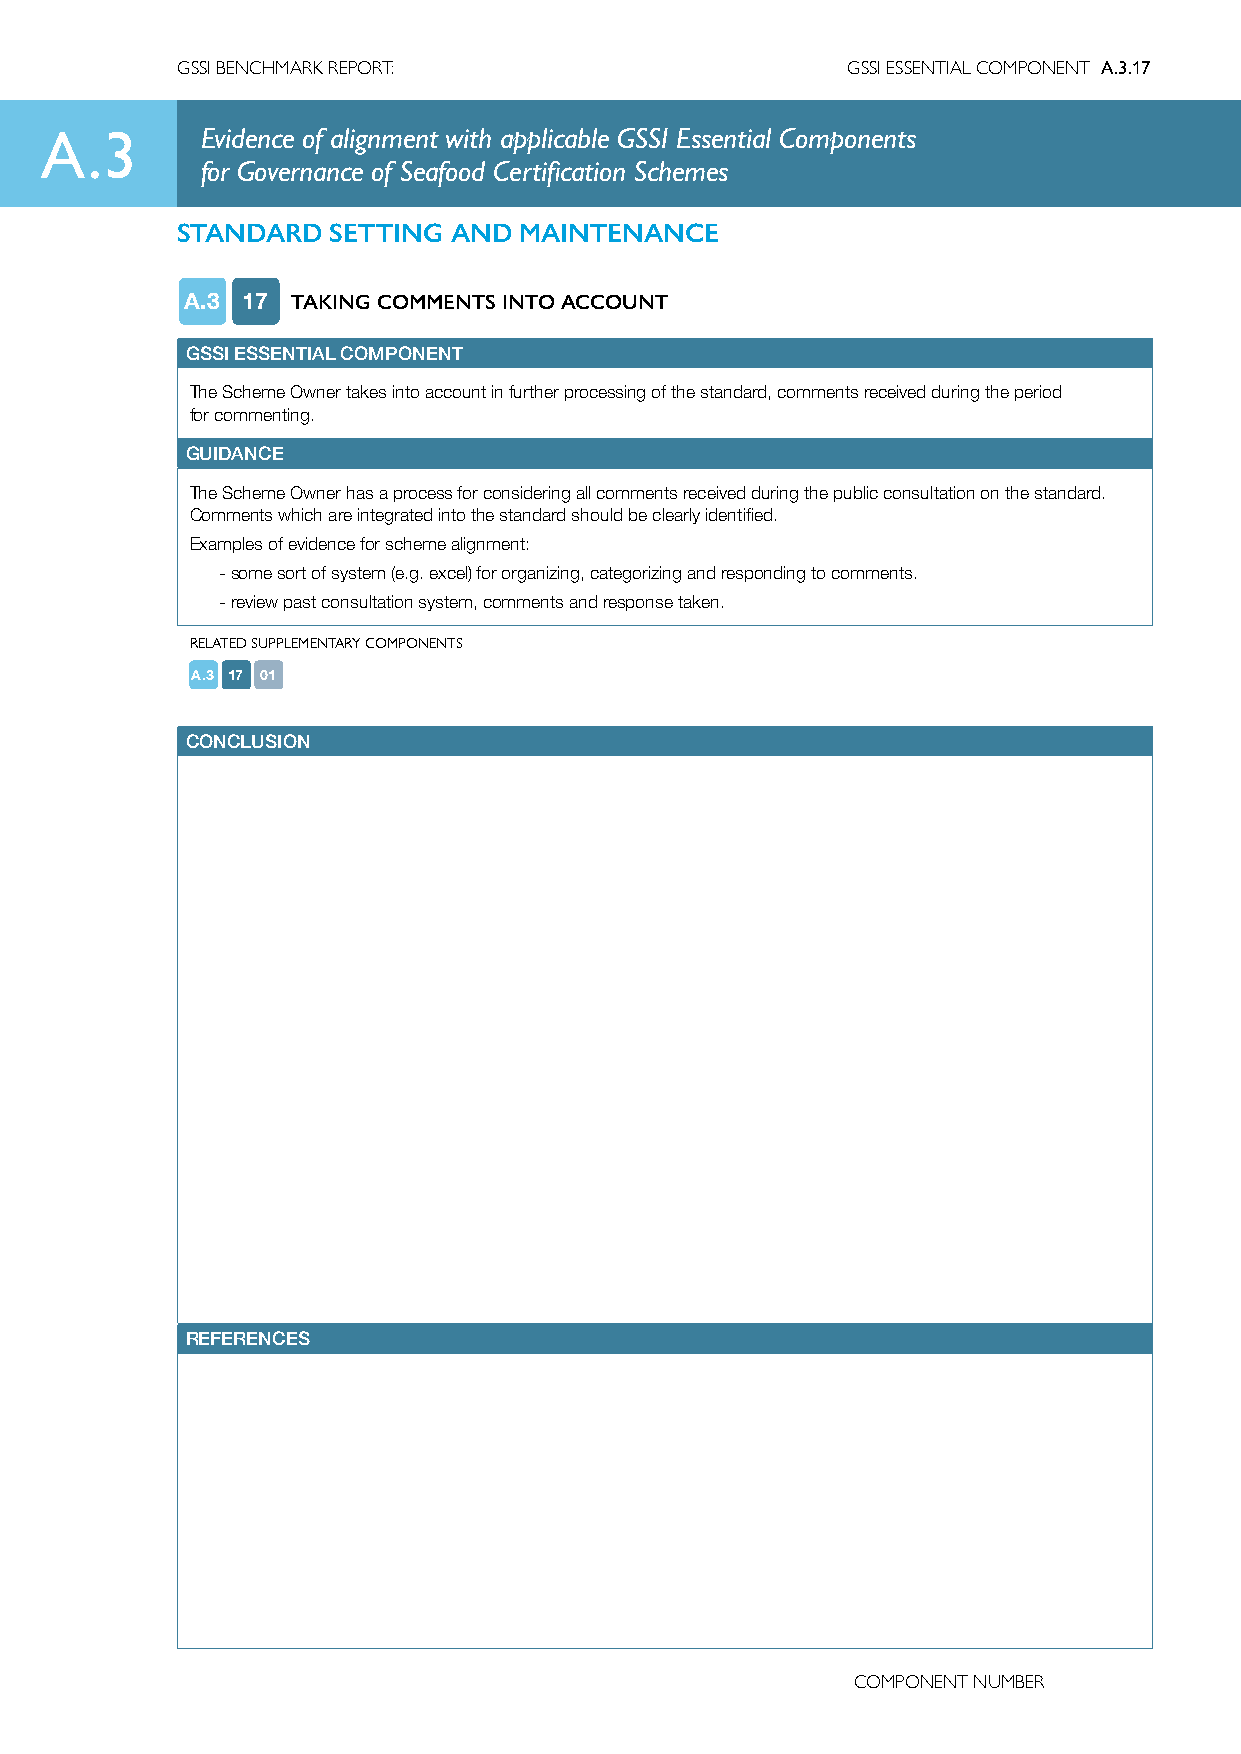
GSSI BENCHMARK REPORT:                      GSSI ESSENTIAL COMPONENT A.3.17
 A.3       Evidence of alignment with applicable GSSI Essential Components
 for Governance of Seafood Certification Schemes
 STANDARD  SETTING AND MAINTENANCE
 A.3 17 TAKING COMMENTS INTO ACCOUNT
 GSSI ESSENTIAL COMPONENT
 The Scheme Owner takes into account in further processing of the standard, comments received during the period
 for commenting.
 GUIDANCE
 The Scheme Owner has a process for considering all comments received during the public consultation on the standard.
 Comments which are integrated into the standard should be clearly identified.
 Examples of evidence for scheme alignment:
 - some sort of system (e.g. excel) for organizing, categorizing and responding to comments.
 - review past consultation system, comments and response taken.
 RELATED SUPPLEMENTARY COMPONENTS
 A.3 17 01
 CONCLUSION
 REFERENCES
 COMPONENT NUMBER